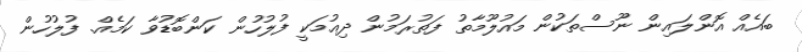
ބައެއް އޮންލައިން ނޫސްތަކުން މައުލޫމާތު ފަތުރަމުން ދިއުމަކީ ފުލުހުން ކަންބޮޑުވާ ކަމެއް. ފުލުހުން